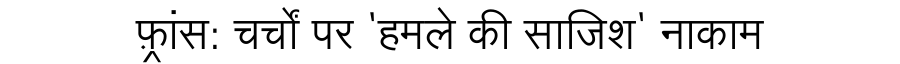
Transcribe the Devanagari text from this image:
फ़्रांस: चर्चों पर 'हमले की साजिश' नाकाम